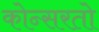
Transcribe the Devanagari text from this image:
कोन्सरतो